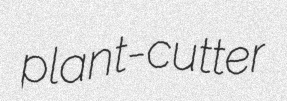
plant-cutter